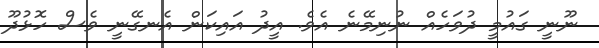
ނޫނީ ގައުމީ ދުވަހެއް ނުނިމޭނެ އެވެ. އީދު އައިކަން އެނގޭނީ ވެސް ހޮޅުދޫ